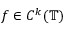
f \in C ^ { k } ( \mathbb { T } )